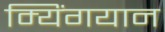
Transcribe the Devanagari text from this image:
म्यिंगयान